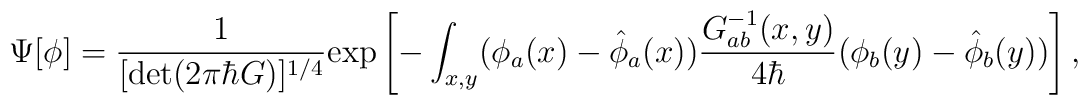
\Psi [\phi] = \frac{{ 1}}{[{\rm \det}(2\pi \hbar G)]^{1/4}} {\rm \exp} \left [ - \int_{ x,y} ( \phi_{a} (x)- {\hat{\phi}}_a (x) ) \frac{{ G_{ab}^{-1} (x,y) }}{ 4 \hbar }  (\phi_{b} (y)- {\hat{\phi}}_b (y)  ) \right ] ,